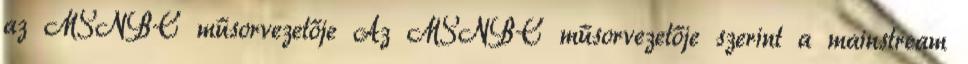
az MSNBC műsorvezetője Az MSNBC műsorvezetője szerint a mainstream